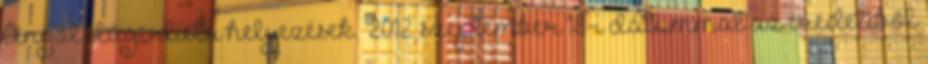
Angol slágerlista helyezések. 2012. szeptember 18-i dátummal az eredetiből